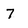
Character: 7